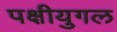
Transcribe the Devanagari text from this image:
पक्षीयुगल